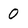
Character: 0